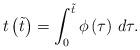
LaTeX: \begin{align*}t\left(\tilde{t}\right)=\int_0^{\tilde{t}}\phi\left(\tau\right)\,d\tau.\end{align*}